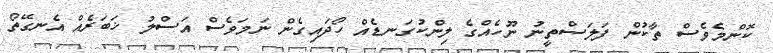
ކޮންމެވެސް ތާކުން ފަލަސްތީނު ނޫހެއްގެ ލިންކުގަނޑެއް ހޯދައިގެން ނަމަވެސް އަސްލު ޚަބަރެއް އެނގޭތޯ